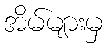
အိမ်များမှ